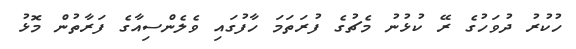
ހުކުރު ދުވަހުގެ ރޭ ކުޅުނު މެޗުގެ ފުރަތަމަ ހާފުގައި ވެލެންސިއާގެ ފަރާތުން މޮޅު